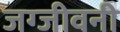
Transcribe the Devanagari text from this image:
जग्जीवनी